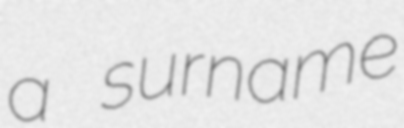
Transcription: a surname